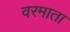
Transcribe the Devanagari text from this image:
वरमाता